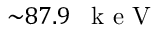
{ \sim } 8 7 . 9 \mathrm { ~ \, ~ k ~ e ~ V ~ }